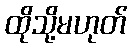
ထိုသို့မဟုတ်